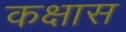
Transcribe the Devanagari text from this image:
कक्षास